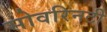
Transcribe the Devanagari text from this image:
सोवरिनटी